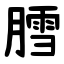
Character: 膤